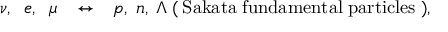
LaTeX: \nu , \; \; e , \; \; \mu \; \; \: \leftrightarrow \; \; \: p , \; n , \; \Lambda \: ( \: \mathrm { S a k a t a \; f u n d a m e n t a l \; p a r t i c l e s } \; ) ,